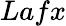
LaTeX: Lafx